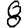
Digit: 8